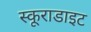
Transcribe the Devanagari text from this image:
स्कूराडाइट